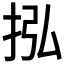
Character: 𢫠